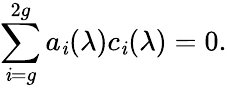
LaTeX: \sum_{\mathit{i}=g}^{2g}a_{\mathit{i}}(\lambda)c_{\mathit{i}}(\lambda)=0.